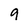
Character: 9